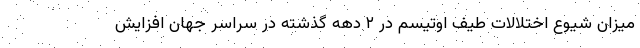
میزان شیوع اختلالات طیف اوتیسم در ۲ دهه گذشته در سراسر جهان افزایش